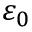
\varepsilon _ { 0 }